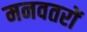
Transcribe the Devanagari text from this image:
मनवतरों